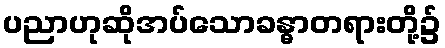
ပညာဟုဆိုအပ်သောခန္ဓာတရားတို့၌